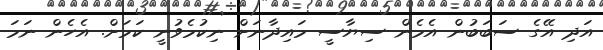
އަދި އޭގެ ސަބަބުން އެމެން ސިޔާސީ މައިދާނަށް ނިކުމެވުނީ ކަމަށް. އެހެން ނަމަ